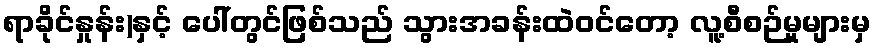
ရာခိုင်နှုန်း)နှင့် ပေါ်တွင်ဖြစ်သည် သွားအခန်းထဲဝင်တော့ လူ့စီစဉ်မှုများမှ